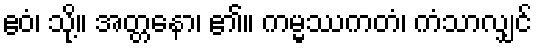
ဧဝံ၊ သို့။ အတ္တနော၊ ၏။ ကမ္မဿကတံ၊ ကံသာလျှင်